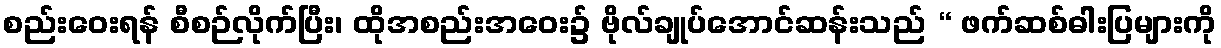
စည်းဝေးရန် စီစဉ်လိုက်ပြီး၊ ထိုအစည်းအဝေး၌ ဗိုလ်ချုပ်အောင်ဆန်းသည် “ ဖက်ဆစ်ဓါးပြများကို